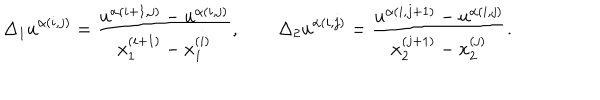
{ \Delta _ { 1 } u } ^ { \alpha ( i , j ) } = \frac { u ^ { \alpha ( i + 1 , j ) } - u ^ { \alpha ( i , j ) } } { x _ { 1 } ^ { ( i + 1 ) } - x _ { 1 } ^ { ( i ) } } , \qquad { \Delta _ { 2 } u } ^ { \alpha ( i , j ) } = \frac { u ^ { \alpha ( i , j + 1 ) } - u ^ { \alpha ( i , j ) } } { x _ { 2 } ^ { ( j + 1 ) } - x _ { 2 } ^ { ( j ) } } .